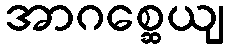
အာဂစ္ဆေယျ